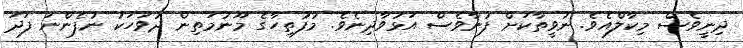
ދިނީވެސް މިކާލްއެވެ. ނުވީތާކަށް ފުނާވެސް އަޅުވާދިނެވެ. މުފުތިހާގެ މޫނުމަތިން ދުވަހަކު ނުފެންނަ ފަދަ